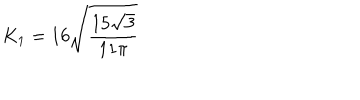
K _ { 1 } = 1 6 \sqrt { { \frac { 1 5 \sqrt { 3 } } { 1 1 \pi } } }